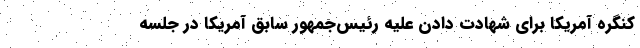
کنگره آمریکا برای شهادت دادن علیه رئیس‌جمهور سابق آمریکا در جلسه